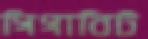
গিগাবিট